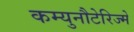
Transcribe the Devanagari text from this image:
कम्युनौटेरिज्मे